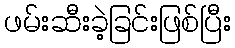
ဖမ်းဆီးခဲ့ခြင်းဖြစ်ပြီး